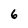
Character: 6